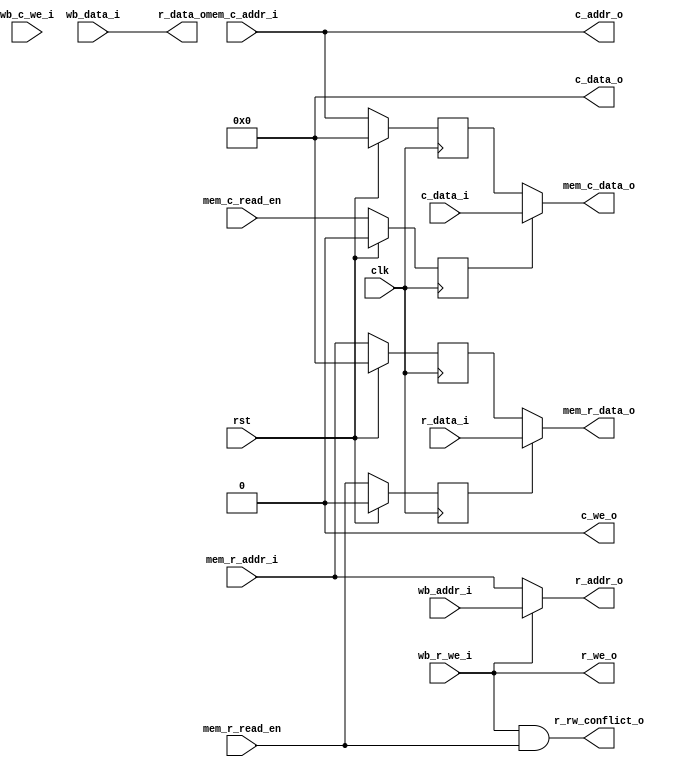
module nkmd_cpu_mem(
    input wire clk,
    input wire rst,
    input wire [31:0] r_data_i,
    output wire [31:0] r_data_o,
    output wire [31:0] r_addr_o,
    output wire r_we_o,
    input wire [31:0] c_data_i,
    output wire [31:0] c_data_o,
    output wire [31:0] c_addr_o,
    output wire c_we_o,
    input wire [31:0] mem_r_addr_i,
    input wire mem_r_read_en,
    output wire [31:0] mem_r_data_o,
    input wire [31:0] mem_c_addr_i,
    input wire mem_c_read_en,
    output wire [31:0] mem_c_data_o,
    input wire [31:0] wb_data_i,
    input wire [31:0] wb_addr_i,
    input wire wb_r_we_i,
    input wire wb_c_we_i,
    output wire r_rw_conflict_o);
assign r_data_o = wb_data_i;
assign r_addr_o = wb_r_we_i ? wb_addr_i : mem_r_addr_i;
assign r_we_o = wb_r_we_i;
assign r_rw_conflict_o = wb_r_we_i == 1'b1 && mem_r_read_en == 1'b1;
reg [31:0] r_eff_addr_ff;
reg r_read_en_ff;
always @(posedge clk) begin
    if (rst) begin
        r_eff_addr_ff <= 0;
        r_read_en_ff <= 0;
    end else begin
        r_eff_addr_ff <= mem_r_addr_i;
        r_read_en_ff <= mem_r_read_en;
    end
end
assign mem_r_data_o = r_read_en_ff ? r_data_i : r_eff_addr_ff;
assign c_data_o = 32'b0; 
assign c_addr_o = mem_c_addr_i;
assign c_we_o = 1'b0;
reg [31:0] c_eff_addr_ff;
reg c_read_en_ff;
always @(posedge clk) begin
    if (rst) begin
        c_eff_addr_ff <= 0;
        c_read_en_ff <= 0;
    end else begin
        c_eff_addr_ff <= mem_c_addr_i;
        c_read_en_ff <= mem_c_read_en;
    end
end
assign mem_c_data_o = c_read_en_ff ? c_data_i : c_eff_addr_ff;
endmodule